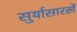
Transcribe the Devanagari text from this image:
सुर्यासारखें